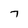
Character: 7